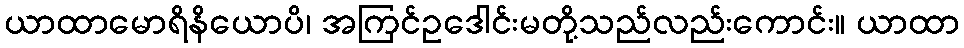
ယာထာမောရိနိယောပိ၊ အကြင်ဥဒေါင်းမတို့သည်လည်းကောင်း။ ယာထာ